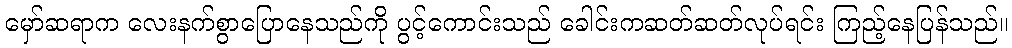
မှော်ဆရာက လေးနက်စွာပြောနေသည်ကို ပွင့်ကောင်းသည် ခေါင်းကဆတ်ဆတ်လုပ်ရင်း ကြည့်နေပြန်သည်။